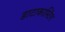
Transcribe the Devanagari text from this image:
डाटाकास्टिंग